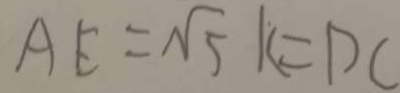
A E = \sqrt { 5 } k = D C